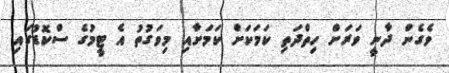
ވެގެން ދާނީ ވަރަށް ހިތްދަތި ކަމަކަށް ކަމަށާއި މިވަގުތު އެ ޓީމުގެ ސްކޮޑުގައި